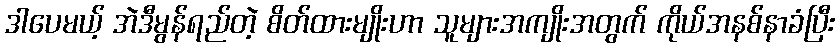
ဒါပေမယ့် အဲဒီမွန်ရည်တဲ့ စိတ်ထားမျိုးဟာ သူများအကျိုးအတွက် ကိုယ်အနစ်နာခံပြီး